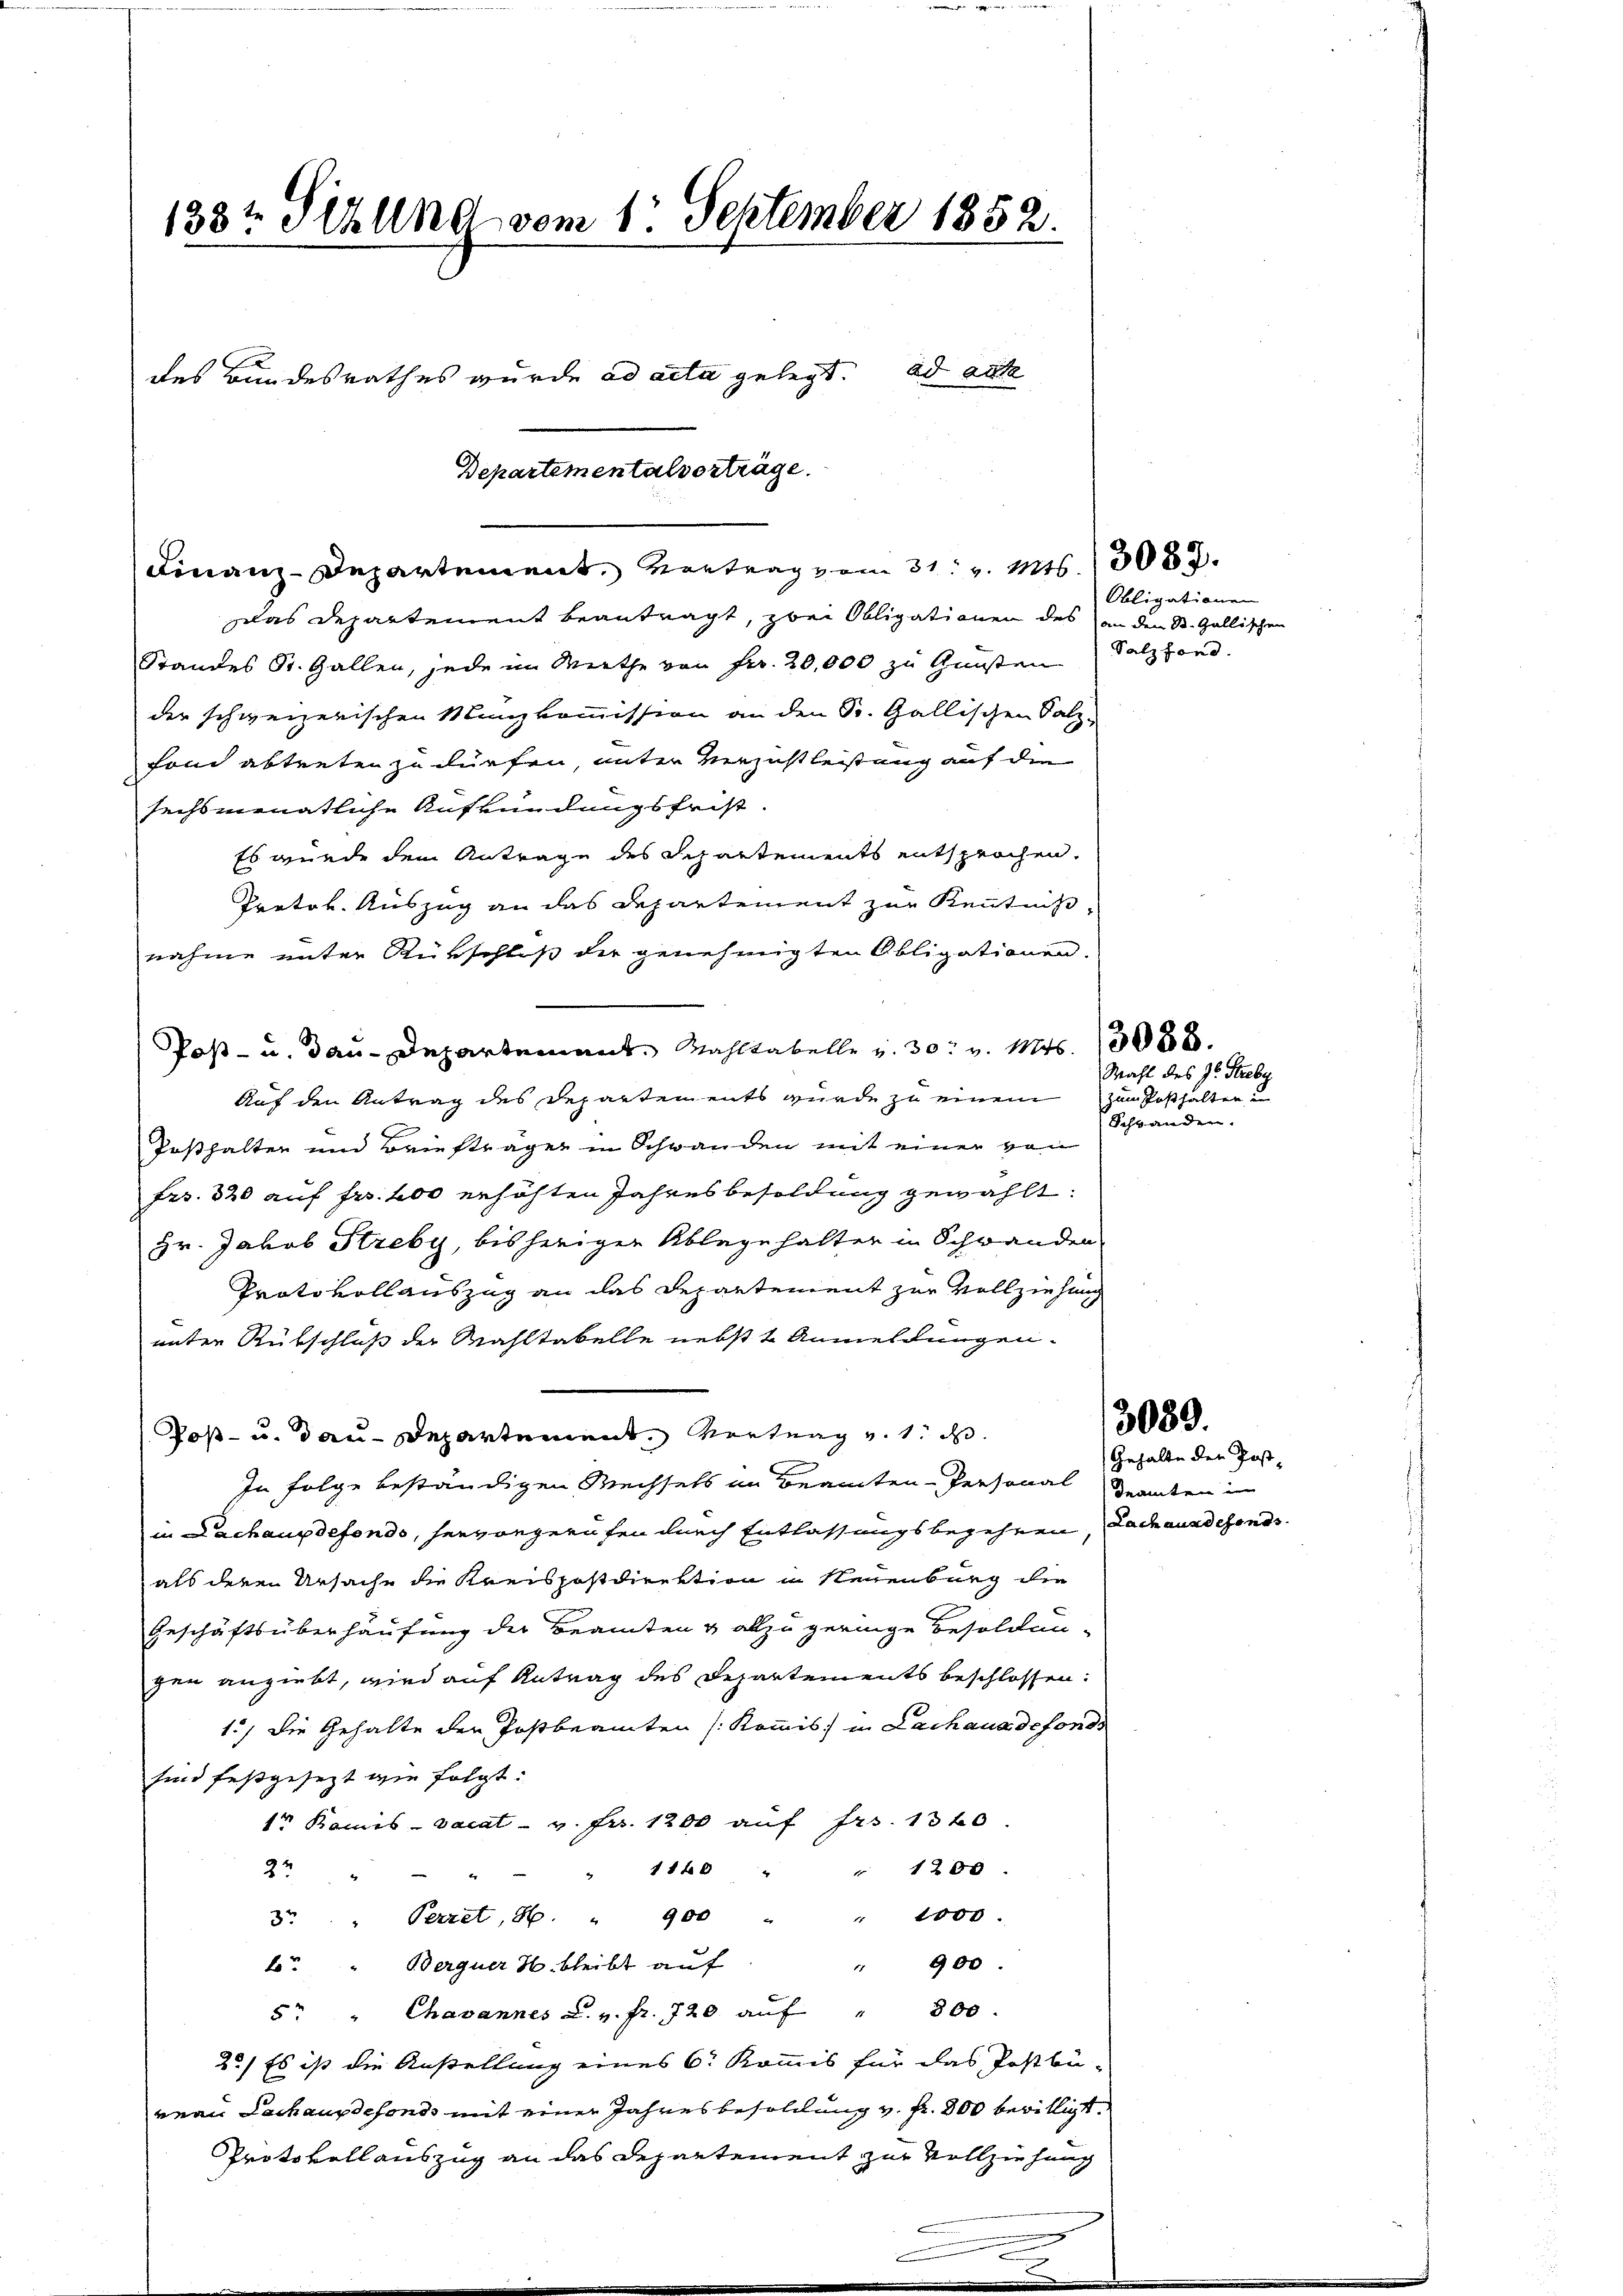
Departementalverträge.
Finanz-Departement, vertrag vom 31. v. Mts. 3087.

133t Sitzung vom 1. September 1852.
des Bundesrathes wurde ad acta gelegt. ad acte

Das Departement beantragt, zwei Obligationen des an den St. Gallischen
Standes St. Gallen, jede im Miethe von Fr. 20,000 zu Gunsten
der schweizerischen Münzkommission an den St. Gallischen Salz-
fond abtreten zu dürfen, unter Verzicht leistung auf die
sechsmonatliche Aufkündungsfrist.
Es wurde dem Antrage des Schartements entsprochen.
Protok. Auszug an das Departement zur Kenntnißnahme unter Rükschlis die genehmigten Obligationen.
Post- u. dau-Departement. Wahlkabelle v. 30. v. Mts. 13088.
Auf den Antrag des Departen ents wurde zu einem
Teshalten und Brieftrage in Schwanden mit einer von
Frs. 320 auf Fr. 400 erhöhten Jahresbesoldung gewählt:
Hr. Jakob Streby, bisheriger Ablege halter in Schwanden
Protokollauszug an das Departement zur Vollziehung
unter Rükschluß der Wahltabelle nebst 2 Anmeldungen.
Toß- u. dau-Departement. Vertrag v. 1. d
In Folge beständigen Wechsels im Beamten-Personal Granden in
in Lachaupdefondo, hervorgerufen durch Entlassungsbegehren, Dachaussehends
als deren Ursache die Kreispostdirektion in Neuenburg die
Geschäftsüberhäufung der Beamten & allzu geringe Besoldun-
gen angiebt, wird auf Antrag des Departements beschlossen:
1.) Die Gehalte der Postbeamten (Kommis in Lachaus defonds
sind festgesezt wie folgt.
1r Kamis vacat - v. Fr. 1200 auf Fr. 1320
110
" 1200
4
22
" 1000.
3r " Perret, H. " 900 "
900.
b. " Berguer H. bleibt auf
1
5 " Chavannes L. v. fr. 720 aŭf " 800.
2.) Es ist die Anstellung eines C. Kommis für das Postbü-
veau Lachausdefonds mit einer Jahresbesoldung v. fr. 800 bewilligt.
Protokoll auszug an das Departement zur Vollziehung
.

Obligationen
Salzfond.

Mahl des Dr. Strebe
zum Posthalten u
Schwanden.

3080.

Gehalte der Post-